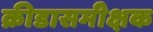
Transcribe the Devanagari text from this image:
क्रीडासमीक्षक